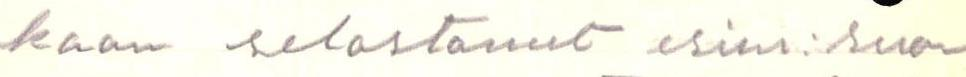
kaan selostanut esim:suo-